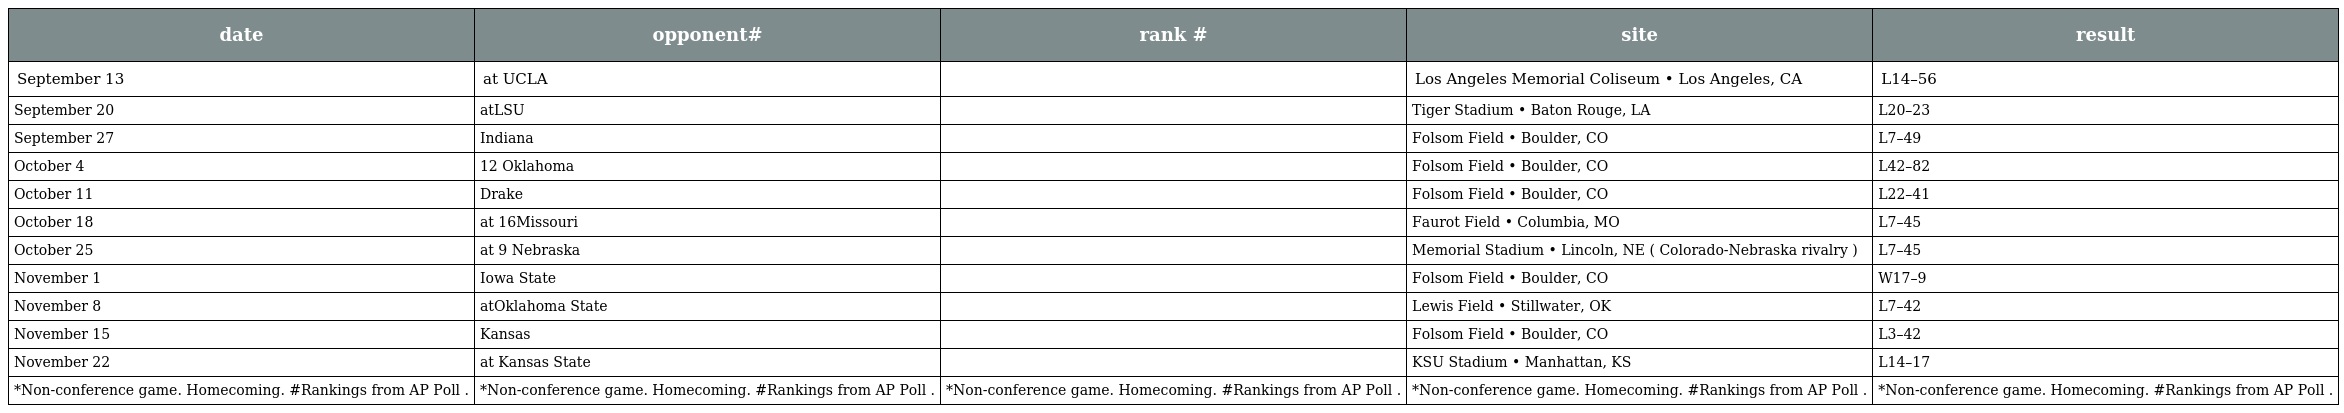
| date | opponent# | rank # | site | result |
 | --- | --- | --- | --- | --- |
 | September 13 | at UCLA |  | Los Angeles Memorial Coliseum • Los Angeles, CA | L14–56 |
 | September 20 | atLSU |  | Tiger Stadium • Baton Rouge, LA | L20–23 |
 | September 27 | Indiana |  | Folsom Field • Boulder, CO | L7–49 |
 | October 4 | 12 Oklahoma |  | Folsom Field • Boulder, CO | L42–82 |
 | October 11 | Drake |  | Folsom Field • Boulder, CO | L22–41 |
 | October 18 | at 16Missouri |  | Faurot Field • Columbia, MO | L7–45 |
 | October 25 | at 9 Nebraska |  | Memorial Stadium • Lincoln, NE ( Colorado-Nebraska rivalry ) | L7–45 |
 | November 1 | Iowa State |  | Folsom Field • Boulder, CO | W17–9 |
 | November 8 | atOklahoma State |  | Lewis Field • Stillwater, OK | L7–42 |
 | November 15 | Kansas |  | Folsom Field • Boulder, CO | L3–42 |
 | November 22 | at Kansas State |  | KSU Stadium • Manhattan, KS | L14–17 |
 | *Non-conference game. Homecoming. #Rankings from AP Poll . | *Non-conference game. Homecoming. #Rankings from AP Poll . | *Non-conference game. Homecoming. #Rankings from AP Poll . | *Non-conference game. Homecoming. #Rankings from AP Poll . | *Non-conference game. Homecoming. #Rankings from AP Poll . |